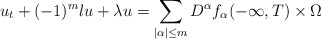
\begin{align*}u_t+(-1)^m\l u+\lambda u=\sum_{|\alpha|\le m}D^\alpha f_\alpha (-\infty, T)\times \Omega \end{align*}